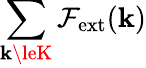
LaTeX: \sum_{\mathbf{k}\leK}\mathcal{{F}}_{\mathrm{{ext}}}({\mathbf{\mathbf{k}}})